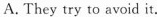
A. They try ro avoid it.